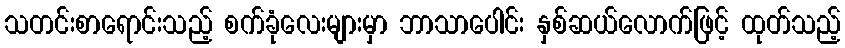
သတင်းစာရောင်းသည့် စက်ခုံလေးများမှာ ဘာသာပေါင်း နှစ်ဆယ်လောက်ဖြင့် ထုတ်သည့်